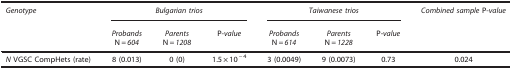
| Genotype | <COLSPAN=3> Bulgarian trios | <COLSPAN=3> Taiwanese trios | Combined sample P-value |
 |  | ProbandsN=604 | ParentsN=1208 | P-value | ProbandsN=614 | ParentsN=1228 | P-value |  |
 | --- | --- | --- | --- | --- | --- | --- | --- |
 | N VGSC CompHets (rate) | 8 (0.013) | 0 (0) | 1.5 × 10−4 | 3 (0.0049) | 9 (0.0073) | 0.73 | 0.024 |